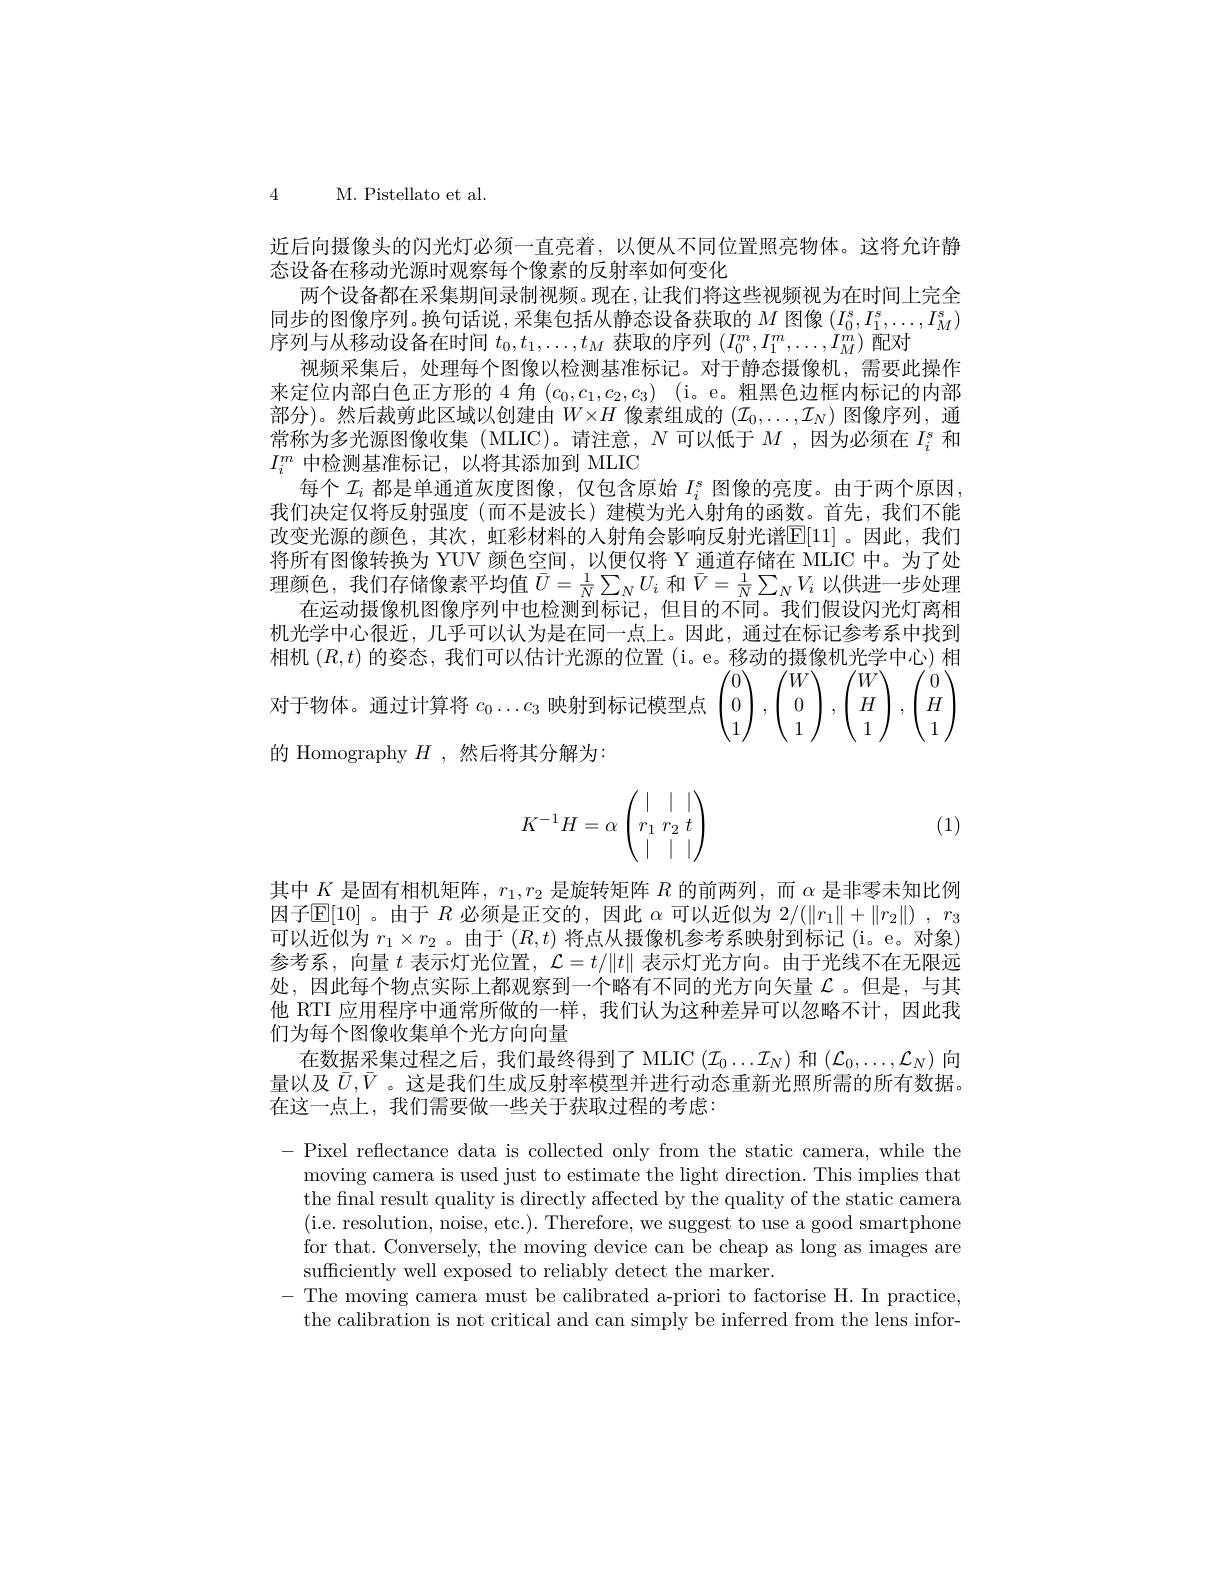
4 M. Pistellato et al.

近后向摄像头的闪光灯必须一直亮着，以便从不同位置照亮物体。这将允许静
态设备在移动光源时观察每个像素的反射率如何变化
两个设备都在采集期间录制视频。现在，让我们将这些视频视为在时间上完全同步的图像序列。换句话说，采集包括从静态设备获取的$M$图像$(I_0^s,I_1^s,\ldots,I_M^s)$ 序列与从移动设备在时间$t_0,t_1,\ldots,t_M$获取的序列$(I_0^m,I_1^m,\ldots,I_M^m)$配对
视频采集后，处理每个图像以检测基准标记。对于静态摄像机，需要此操作来定位内部白色正方形的 4 角$(c_0,c_1,c_2,c_3)$ (i。e。粗黑色边框内标记的内部部分)。然后裁剪此区域以创建由$W\times H$像素组成的$(\mathcal{I}_0,\ldots,\mathcal{I}_N)$图像序列，通常称为多光源图像收集(MLIC)。请注意，$N$可以低于$M$,因为必须在$I_i^s$和$I_i^m$中检测基准标记，以将其添加到 MLIC
每个$\mathcal{I}_i$都是单通道灰度图像，仅包含原始$I_i^s$图像的亮度。由于两个原因我们决定仅将反射强度(而不是波长)建模为光入射角的函数。首先，我们不能改变光源的颜色，其次，虹彩材料的人射角会影响反射光谱E[11]。因此，我们将所有图像转换为 YUV 颜色空间，以便仅将 Y 通道存储在 MLIC 中。为了处理颜色，我们存储像素平均值$\bar{U}=\frac1N\sum_NU_i$和$\bar{V}=\frac1N\sum_NV_i$以供进一步处理
在运动摄像机图像序列中也检测到标记，但目的不同。我们假设闪光灯离相机光学中心很近，几乎可以认为是在同一点上。因此，通过在标记参考系中找到相机$(R,t)$的姿态，我们可以估计光源的位置 (i。e。移动的摄像机光学中心)相对于物体。通过计算将$c_0\ldots c_3$映射到标记模型点$\begin{pmatrix}0\\0\\1\end{pmatrix},\begin{pmatrix}W\\0\\1\end{pmatrix},\begin{pmatrix}W\\H\\1\end{pmatrix},\begin{pmatrix}0\\H\\1\end{pmatrix}$ 的 Homography $H$ ,然后将其分解为：
$$K^{-1}H=\alpha\begin{pmatrix}|&|&|\\r_1&r_2&t\\|&|&|\end{pmatrix}$$
(1)

其中$K$是固有相机矩阵，$r_1,r_2$是旋转矩阵$R$的前两列，而$\alpha$是非零未知比例因子$\mathbb{E}[10]$ 。由于$R$必须是正交的，因此$\alpha$可以近似为$2/(\|r_1\|+\|r_2\|),r_3$ 可以近似为$r_1\times r_2$ 。由于$(R,t)$将点从摄像机参考系映射到标记 (i。e。对象) 参考系，向量$t$表示灯光位置，$\mathcal{L}=t/\|t\|$表示灯光方向。由于光线不在无限远处，因此每个物点实际上都观察到一个略有不同的光方向矢量$\mathcal{L}$。但是，与其他 RTI 应用程序中通常所做的一样，我们认为这种差异可以忽略不计，因此我们为每个图像收集单个光方向向量
在数据采集过程之后，我们最终得到了 MLIC $(\mathcal{I}_0\ldots\mathcal{I}_N)$和$(\mathcal{L}_0,\ldots,\mathcal{L}_N)$向量以及$\bar{U},\bar{V}$ 。这是我们生成反射率模型并进行动态重新光照所需的所有数据。在这一点上，我们需要做一些关于获取过程的考虑：

- Pixel reflectance data is collected only from the static camera, while the
moving camera is used just to estimate the light direction. This implies that the final result quality is directly affected by the quality of the static camera (i.e. resolution, noise, etc.). Therefore, we suggest to use a good smartphone for that. Conversely, the moving device can be cheap as long as images are sufficiently well exposed to reliably detect the marker.
-The moving camera must be calibrated a-priori to factorise H. In practice,
the calibration is not critical and can simply be inferred from the lens infor-